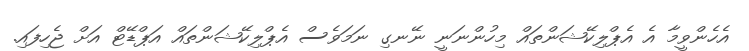
އެހެންވީމާ އެ އެޕްލިކޭޝަންތައް މިހުންނަނީ ނޭނގި ނަމަވެސް އެޕްލިކޭޝަންތައް އަޕްޑޭޓް އަށް ޖެހިފައި.